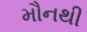
મૌનથી